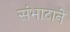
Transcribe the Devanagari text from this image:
संभाटाने